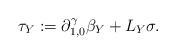
LaTeX: \begin{align*}\tau_{Y}:=\partial_{1,0}^{\gamma}\beta_{Y}+L_{Y}\sigma.\end{align*}